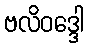
ဗလိဝဒ္ဒေါ